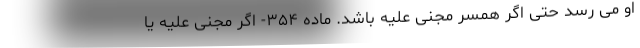
او می رسد حتی اگر همسر مجنی علیه باشد. ماده ۳۵۴- اگر مجنی علیه یا